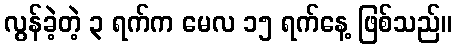
လွန်ခဲ့တဲ့ ၃ ရက်က မေလ ၁၅ ရက်နေ့ ဖြစ်သည်။